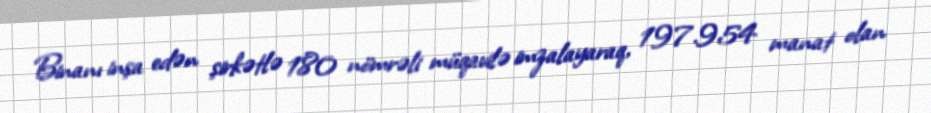
Binanı inşa edən şirkətlə 180 nömrəli müqavilə imzalayaraq, 197.954 manat olan